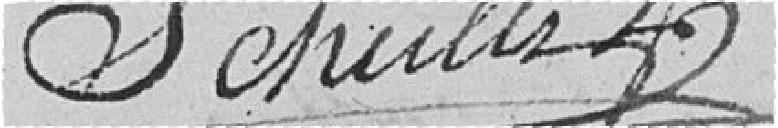
Schultz